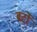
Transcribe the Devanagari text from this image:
बर्टो